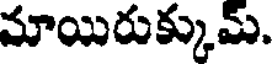
మాయిరుక్కుమ్.